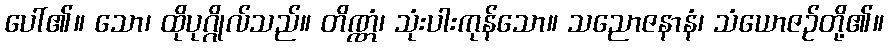
ပေါ်၏။ သော၊ ထိုပုဂ္ဂိုလ်သည်။ တိဏ္ဏံ၊ သုံးပါးကုန်သော။ သညောဇနာနံ၊ သံယောဇဉ်တို့၏။